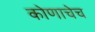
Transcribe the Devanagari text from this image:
कोणाचेच